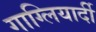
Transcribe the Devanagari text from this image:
गाग्लियार्दी